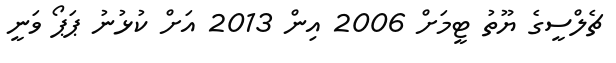
ޗެލްސީގެ ޔޫތު ޓީމަށް 2006 އިން 2013 އަށް ކުޅުނު ޕަޕޯ ވަނީ